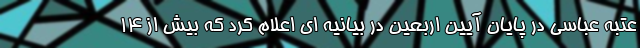
عتبه عباسی در پایان آیین اربعین در بیانیه ای اعلام کرد که بیش از ۱۴